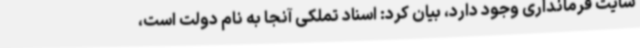
سایت فرمانداری وجود دارد، بیان کرد: اسناد تملکی آنجا به نام دولت است،